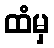
ထံမှ